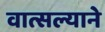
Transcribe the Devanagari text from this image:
वात्सल्याने